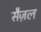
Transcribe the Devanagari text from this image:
सैज़ल